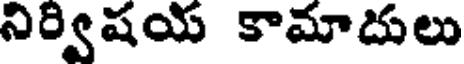
నిర్విషయ కామాదులు